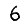
Digit: 6